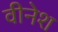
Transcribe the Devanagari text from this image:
वीनेश